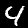
Label: 4